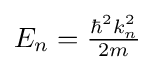
{\textstyle E_{n}={\frac {\hbar ^{2}k_{n}^{2}}{2m}}}